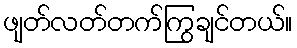
ဖျတ်လတ်တက်ကြွချင်တယ်။